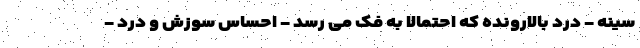
سینه - درد بالارونده که احتمالا به فک می رسد - احساس سوزش و درد -